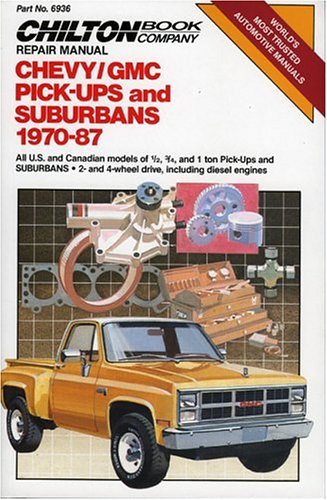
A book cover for Chevy/GMC Pickups & Suburbans 1970-87 (Chilton's Repair & Tune-Up Guides); The Chilton Editors; Engineering & Transportation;